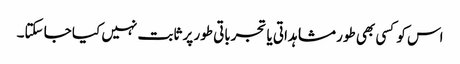
اس کو کسی بھی طور مشاہداتی یا تجرباتی طور پر ثابت نہیں کیا جا سکتا۔